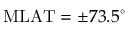
\mathrm { M L A T } = \pm 7 3 . 5 ^ { \circ }